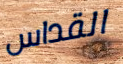
القداس